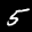
Label: 5